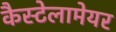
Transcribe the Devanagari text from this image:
कैस्टेलामेयर